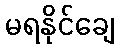
မရနိုင်ချေ